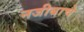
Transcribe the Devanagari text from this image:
नजीबाचे